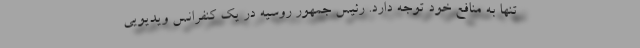
تنها به منافع خود توجه دارد. رئیس جمهور روسیه در یک کنفرانس ویدیویی